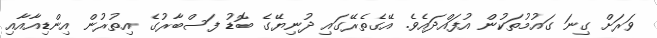
ވަރަށް ގިނަ ގައުމުތަކުން އުފައްދައެވެ. އޭގެތެރޭގައި ދުނިޔޭގެ ބޮޑު ފަސްބާރުގެ އިތުރުން އިންޑިއާއާއި